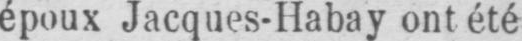
époux Jacques-Habay ont été